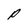
Character: P